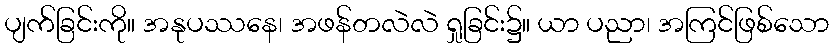
ပျက်ခြင်းကို။ အနုပဿနေ၊ အဖန်တလဲလဲ ရှုခြင်း၌။ ယာ ပညာ၊ အကြင်ဖြစ်သော